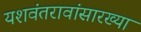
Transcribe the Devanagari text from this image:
यशवंतरावांसारख्या